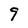
Character: 9